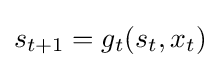
s_{t+1}=g_{t}(s_{t},x_{t})